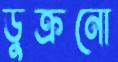
ডুক্‌রনো